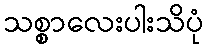
သစ္စာလေးပါးသိပုံ